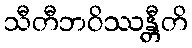
သီတီဘဝိဿန္တီတိ